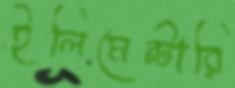
ইলিমেন্টারি